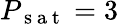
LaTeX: P_{\mathrm{~s~a~t~}}=3